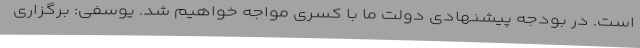
است. در بودجه پیشنهادی دولت ما با کسری مواجه خواهیم شد. یوسفی: برگزاری